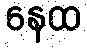
နေထ